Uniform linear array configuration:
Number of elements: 12
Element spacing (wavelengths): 0.25
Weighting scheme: blackman
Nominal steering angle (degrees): -45
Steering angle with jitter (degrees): -43.305
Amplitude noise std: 0.05
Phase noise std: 0.05

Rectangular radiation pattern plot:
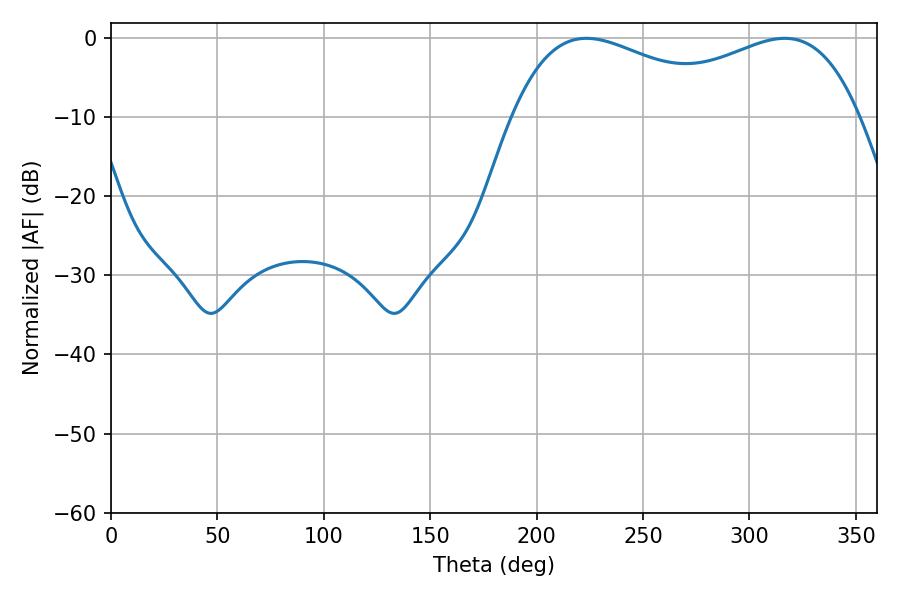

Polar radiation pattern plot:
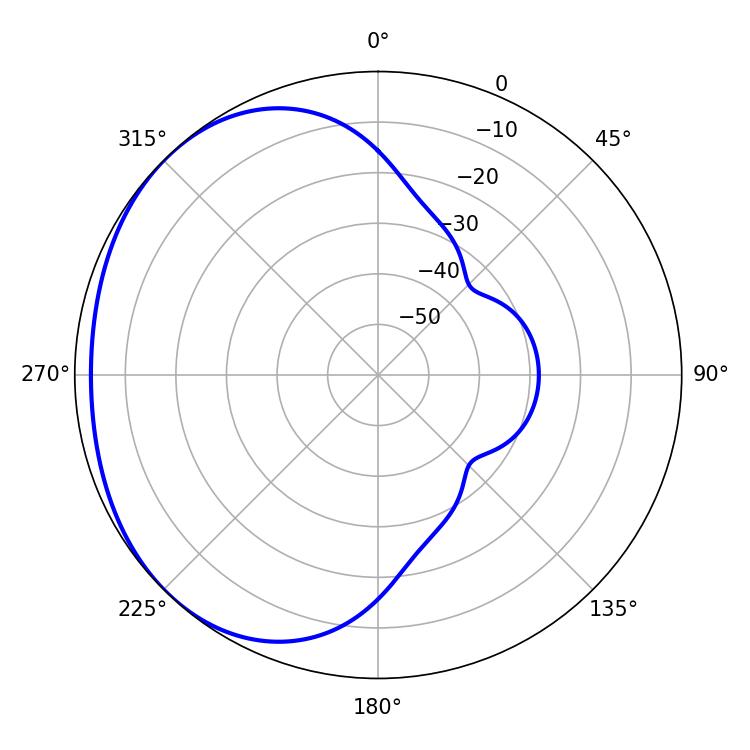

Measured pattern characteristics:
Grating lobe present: FALSE
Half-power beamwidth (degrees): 59.4
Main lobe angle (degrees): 223.38